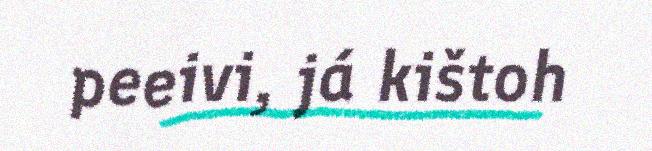
peeivi, já kištoh